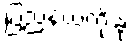
ပြည်နယ်ကိုးခု